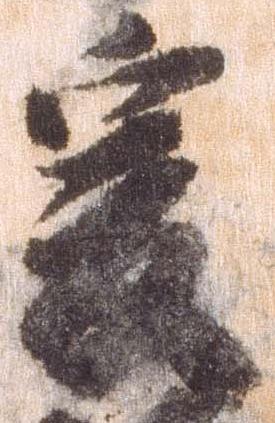
爰